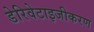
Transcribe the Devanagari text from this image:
डेरिवेटाइजीकरण